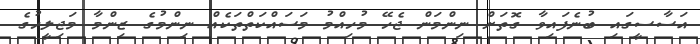
އަސާސީގައި ބުނެފައިވާ ގޮތަށް ނިންމަން ޖެހޭ މުހިއްމު މަސައްކަތްތަކެއް ނިންމުގެ ޒިންމާ މަޖިލީހުގެ